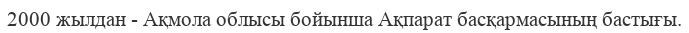
2000 жылдан - Ақмола облысы бойынша Ақпарат басқармасының бастығы.